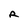
Character: R